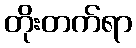
တိုးတက်ရာ